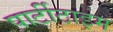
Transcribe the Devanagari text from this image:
पार्टीटाइम